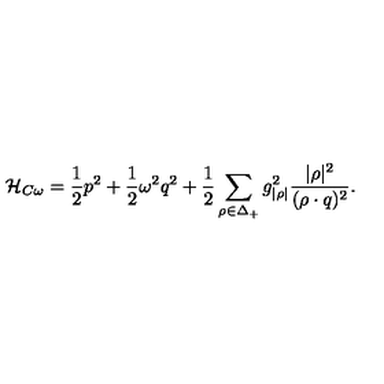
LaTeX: { \cal H } _ { C \omega } = { \frac { 1 } { 2 } } p ^ { 2 } + { \frac { 1 } { 2 } } \omega ^ { 2 } q ^ { 2 } + { \frac { 1 } { 2 } } \sum _ { \rho \in \Delta _ { + } } { g _ { | \rho | } ^ { 2 } } { \frac { | \rho | ^ { 2 } } { ( \rho \cdot q ) ^ { 2 } } } .